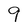
Character: 9